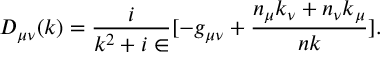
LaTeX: D _ { \mu \nu } ( k ) = { \frac { i } { k ^ { 2 } + i \in } } [ - g _ { \mu \nu } + { \frac { n _ { \mu } k _ { \nu } + n _ { \nu } k _ { \mu } } { n k } } ] .